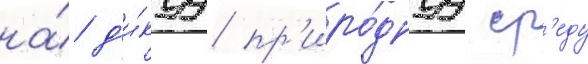
на́ д'и́куу пр'иро́днуу ср'еду